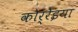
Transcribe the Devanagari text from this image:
कोर्रेइया